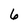
Character: 6